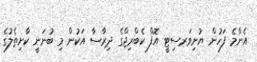
އެންމެ ފަހުން ޔުނިވަރސިޓީ އޮފް ކެބްރިޖްގެ ދިރާސާ އަކުން މި ބުނަނީ ކާށިތެލުގެ